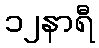
၁၂နာရီ